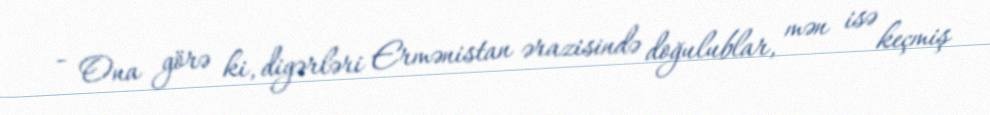
- Ona görə ki, digərləri Ermənistan ərazisində doğulublar, mən isə keçmiş